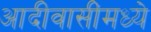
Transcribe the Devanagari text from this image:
आदीवासींमध्ये